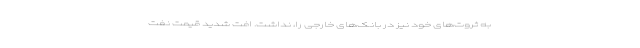
به ثروت‌های خود نیز در بانک‌های خارجی را، نداشت. افت شدید قیمت نفت